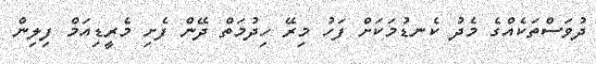
ދުވަސްތަކެއްގެ މެދު ކެނޑުމަކަށް ފަހު މިރޭ ހިދުމަތް ދޭން ފެށި މެރީޑިއަމް ފިލިން